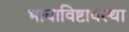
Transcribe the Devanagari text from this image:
भावाविष्टावस्था